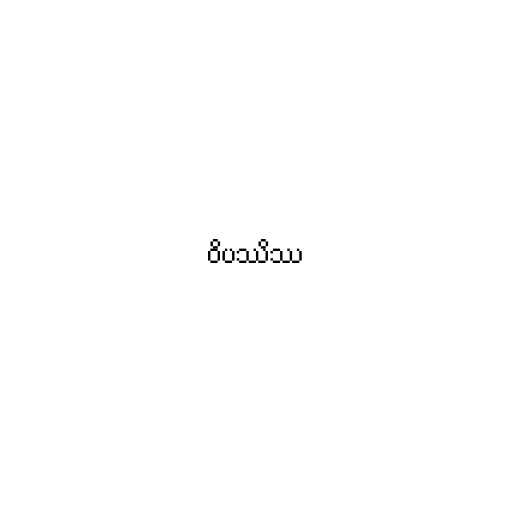
ဝိပဿိဿ